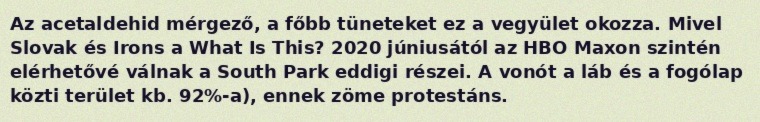
Az acetaldehid mérgező, a főbb tüneteket ez a vegyület okozza. Mivel Slovak és Irons a What Is This? 2020 júniusától az HBO Maxon szintén elérhetővé válnak a South Park eddigi részei. A vonót a láb és a fogólap közti terület kb. 92%-a), ennek zöme protestáns.